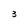
Character: 3